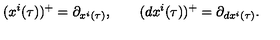
( x ^ { i } ( \tau ) ) ^ { + } = \partial _ { x ^ { i } ( \tau ) } , \qquad ( d x ^ { i } ( \tau ) ) ^ { + } = \partial _ { d x ^ { i } ( \tau ) } .